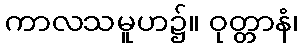
ကာလသမူဟ၌။ ဝုတ္တာနံ၊